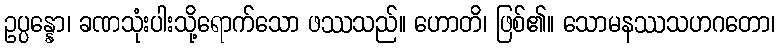
ဥပ္ပန္နော၊ ခဏသုံးပါးသို့ရောက်သော ဖဿသည်။ ဟောတိ၊ ဖြစ်၏။ သောမနဿသဟဂတော၊